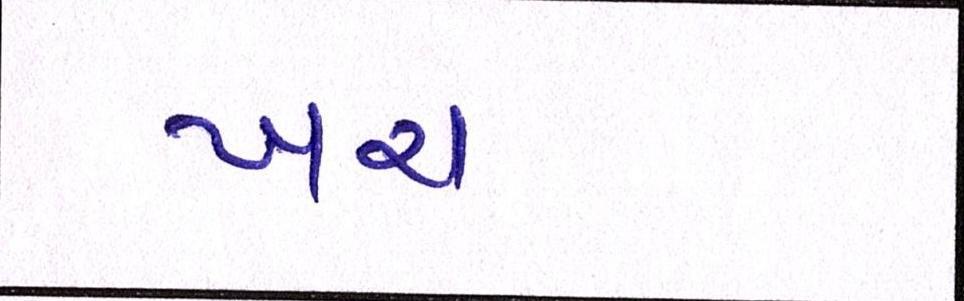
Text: ખર્ચીનેતો